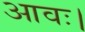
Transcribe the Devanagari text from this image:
आवः।